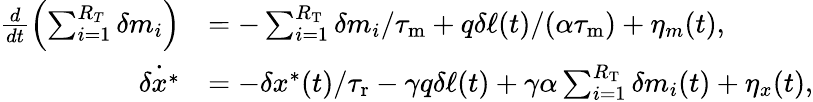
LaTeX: \begin{array}{rl}{\frac{d}{dt}\left(\sum_{i=1}^{R_{T}}\delta m_{i}\right)}&{=-\sum_{i=1}^{R_{\mathrm{T}}}\delta m_{i}/{\tau_{\mathrm{m}}}+q\delta\ell(t)/(\alpha{\tau_{\mathrm{m}}})+\eta_{m}(t),}\\ {\dot{\delta x^{\ast}}}&{=-\delta x^{\ast}(t)/{\tau_{\mathrm{r}}}-\gamma q\delta\ell(t)+\gamma\alpha\sum_{i=1}^{R_{\mathrm{T}}}\delta m_{i}(t)+\eta_{x}(t),}\end{array}